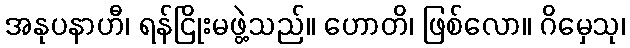
အနုပနာဟီ၊ ရန်ငြိုးမဖွဲ့သည်။ ဟောတိ၊ ဖြစ်လော။ ဂိမှေသု၊